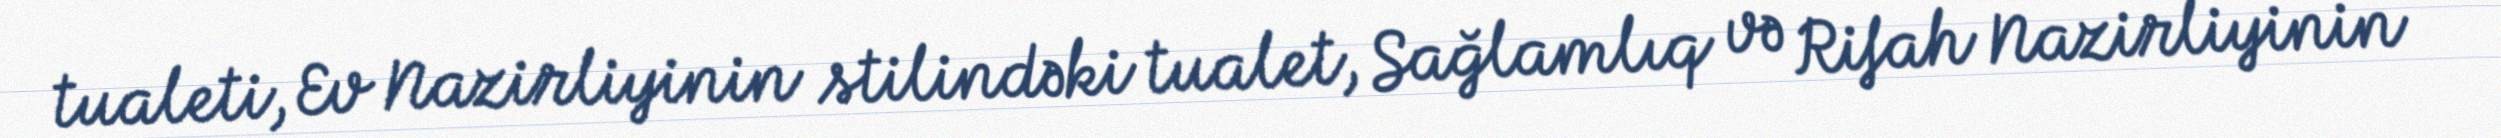
tualeti, Ev Nazirliyinin stilindəki tualet, Sağlamlıq və Rifah Nazirliyinin